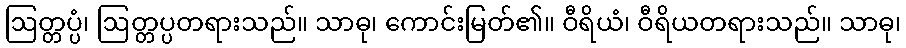
ဩတ္တပ္ပံ၊ ဩတ္တပ္ပတရားသည်။ သာဓု၊ ကောင်းမြတ်၏။ ဝီရိယံ၊ ဝီရိယတရားသည်။ သာဓု၊